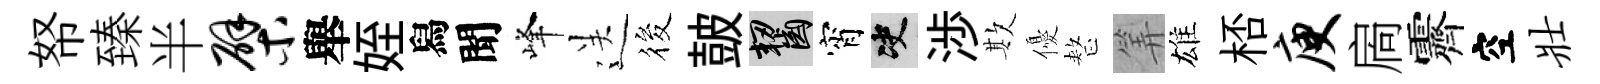
帑臻半檗舉姪舄聞峰送筱皷齧宵决渉欺優整筭雄桮庾扄霽空壮